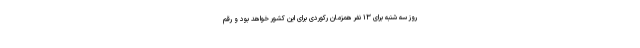
روز سه شنبه برای ۱۳ نفر همزمان رکوردی برای این کشور خواهد بود و رقم